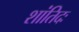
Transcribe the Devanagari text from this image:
शांतिदः